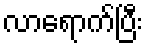
လာရောက်ပြီး